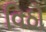
વિઠો